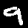
Digit: 9